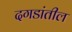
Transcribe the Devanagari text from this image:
दगडांतील